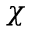
\chi